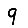
Digit: 9